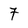
Character: 7